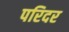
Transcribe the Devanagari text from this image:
परिदर